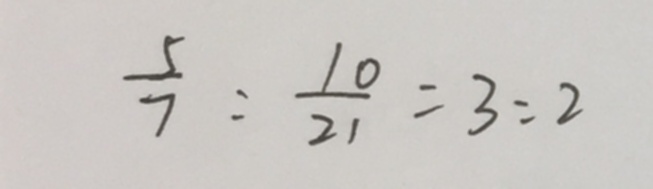
\frac { 5 } { 7 } : \frac { 1 0 } { 2 1 } = 3 : 2